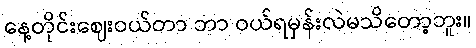
နေ့တိုင်းဈေးဝယ်တာ ဘာ ဝယ်ရမှန်းလဲမသိတော့ဘူး။